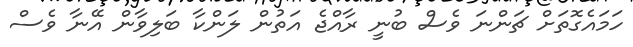
ހަމައެގޮތަށް ޗަންނަ ވެސް ބުނީ ރާއްޖެ އަތުން ލަންކާ ބަލިވާން އޭނާ ވެސް